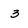
Character: 3